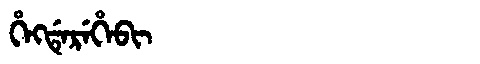
Manchu: ᡥᡝᡴᡩᡝᡵᡝᡥᡝᠪᡳ
Romanization: HEKDEREHEBI